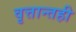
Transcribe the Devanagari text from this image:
वृत्तान्तही